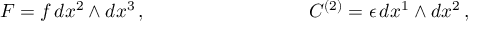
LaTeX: F = f \, d x ^ { 2 } \wedge d x ^ { 3 } \, , \ \ \ \ \ \ \ \ \ \ \ \ \ \ \ \ \ \ \ \ \ \ \ \ \, \ C ^ { \left( 2 \right) } = \epsilon \, d x ^ { 1 } \wedge d x ^ { 2 } \, ,